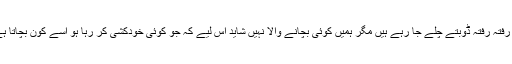
ہم رفتہ رفتہ ڈوبتے چلے جا رہے ہیں مگر ہمیں کوئی بچانے والا نہیں شاید اس لیے کہ جو کوئی خودکشی کر رہا ہو اسے کون بچاتا ہے۔